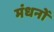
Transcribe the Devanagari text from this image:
मंधनों